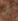
لم